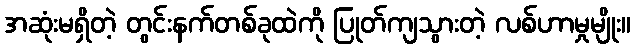
အဆုံးမရှိတဲ့ တွင်းနက်တစ်ခုထဲကို ပြုတ်ကျသွားတဲ့ လစ်ဟာမှုမျိုး။